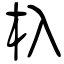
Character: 杁